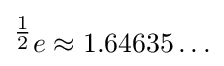
{}^{\tfrac {1}{2}}e\approx 1.64635\ldots